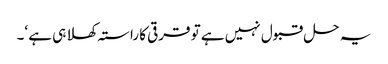
یہ حل قبول نہیں ہے تو قرقی کا راستہ کھلا ہی ہے ‘۔